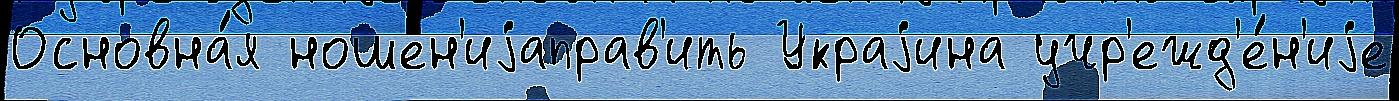
Основна́я ношен'иjаправ'ить Украjина учр'ежд'е́н'иjе